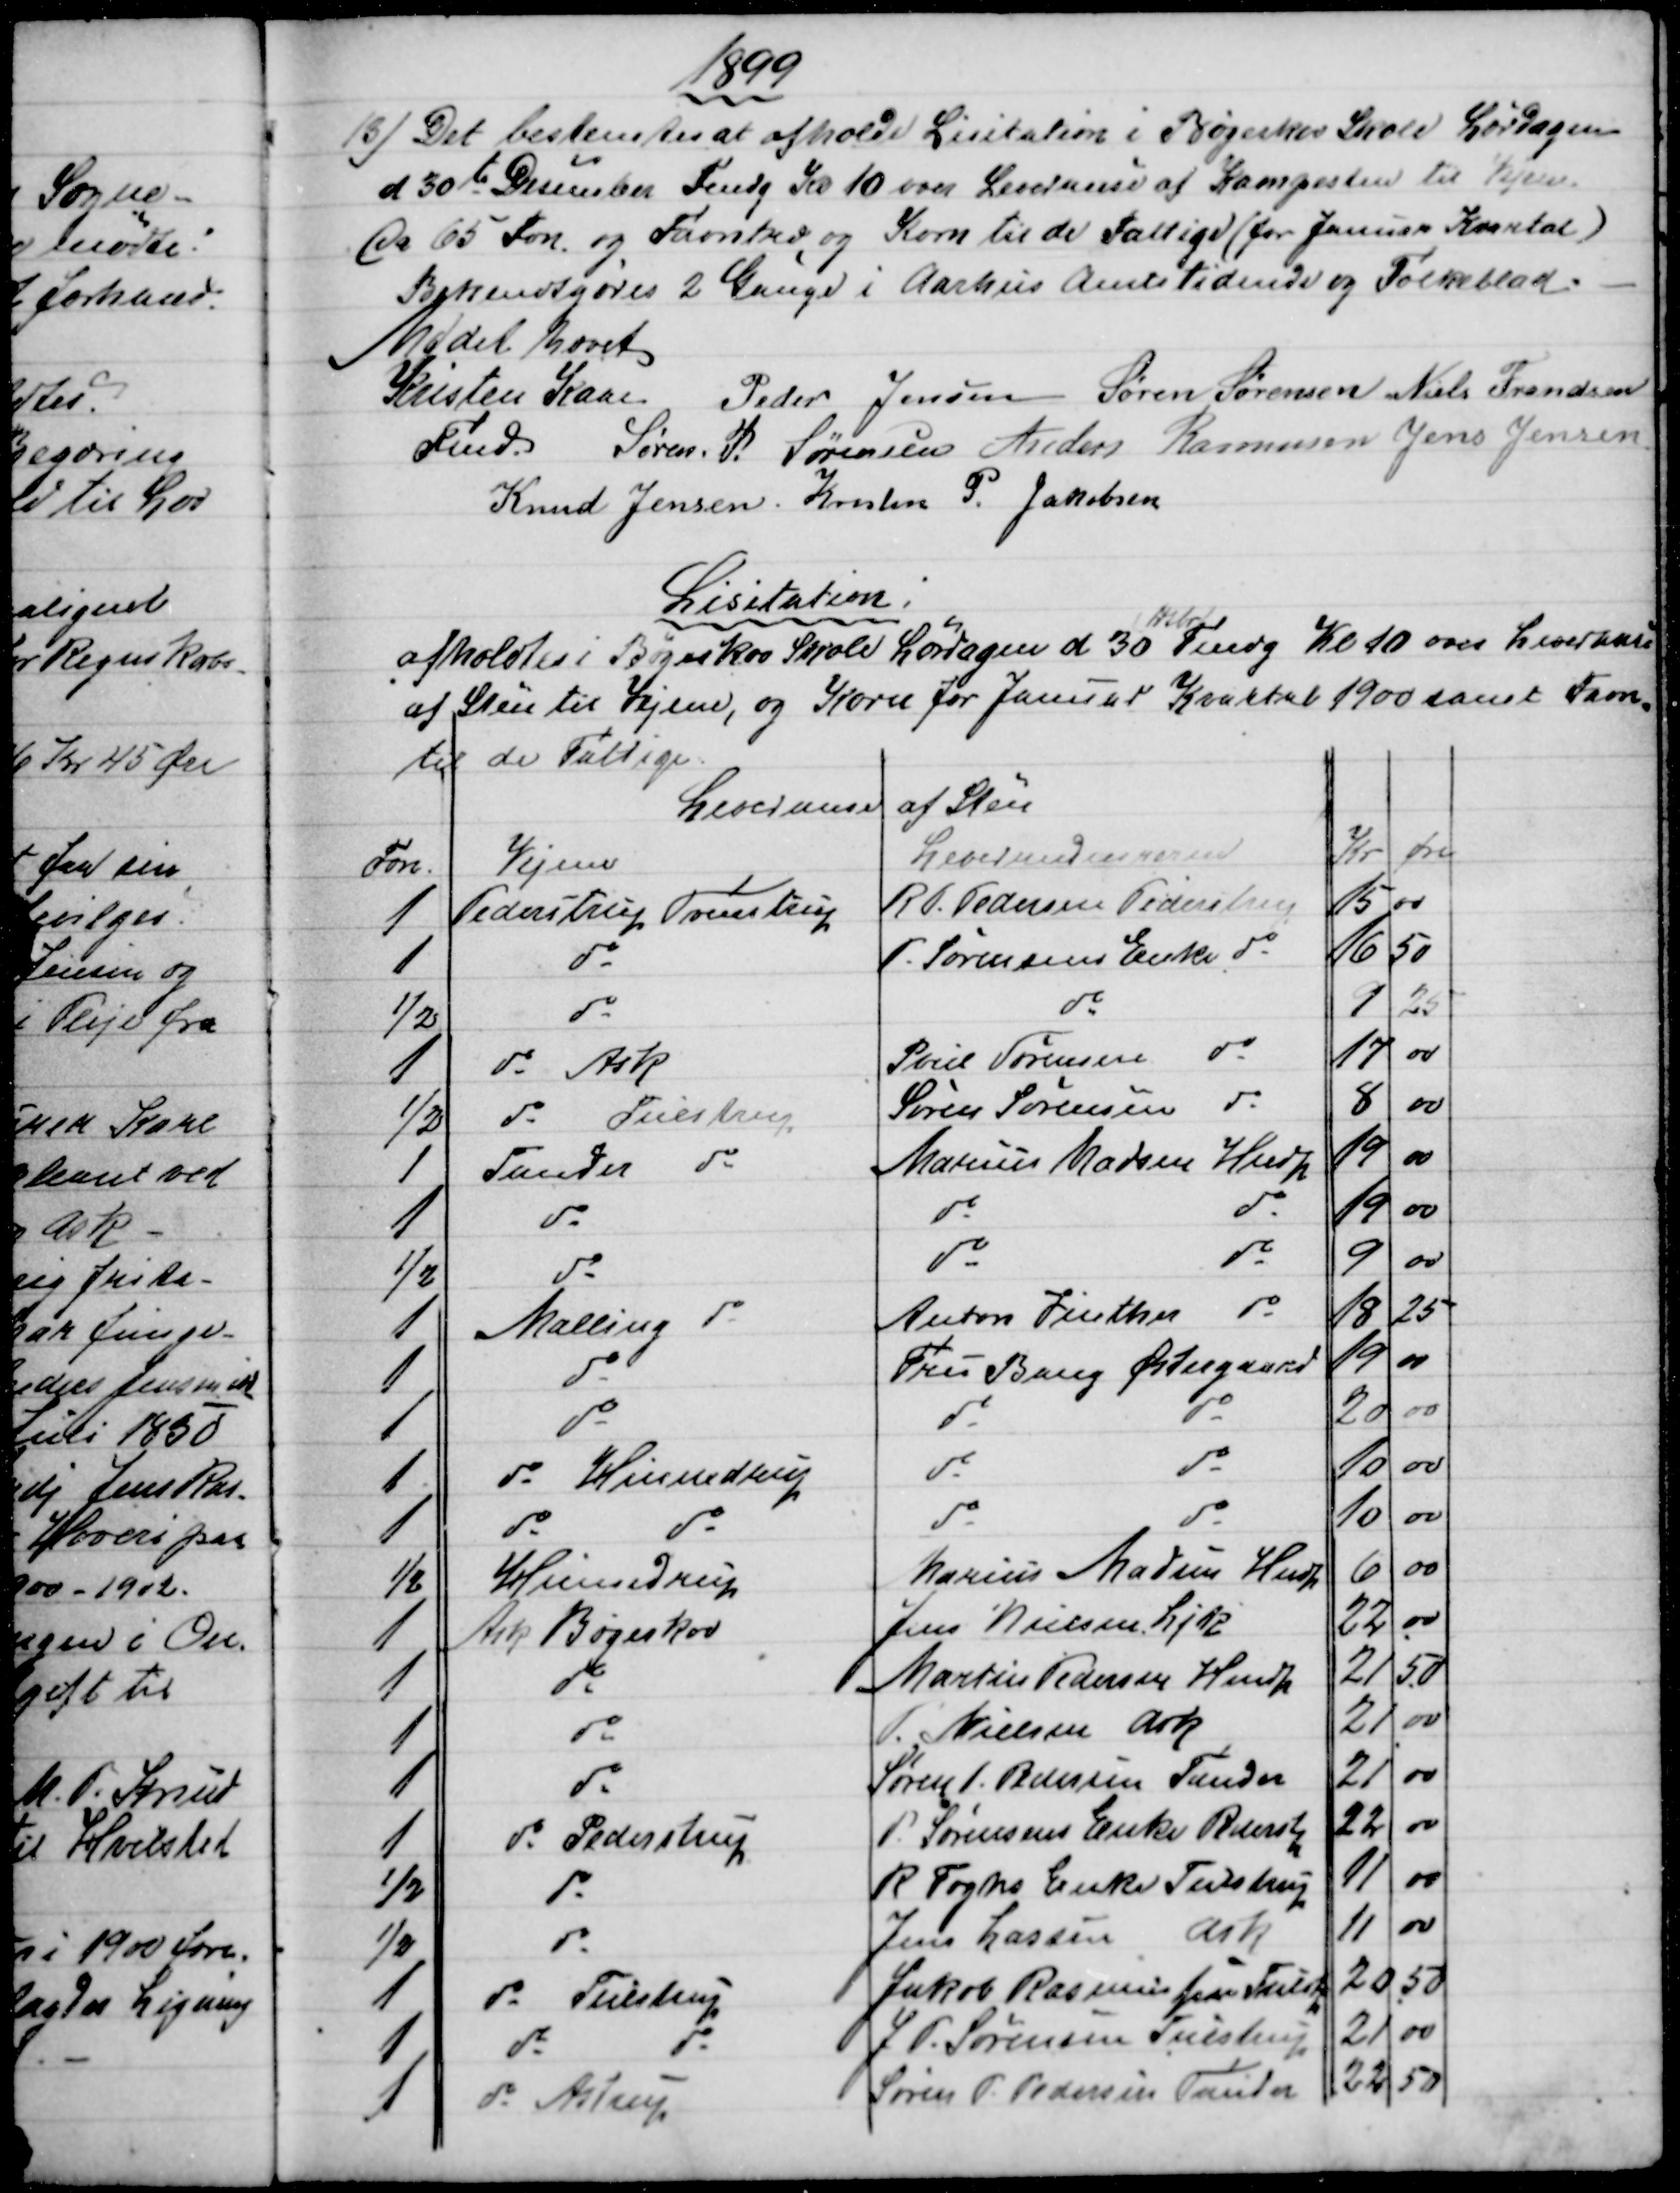
Transskription:
1899
13)
Det bestemtes at afholde Lisitation i Bøgeskov Skole Lørdagen
d 30te December Fmdg Kl 10 over Leverance af Kampesten til Vejene.
Ca 65 Fvn og Favntræ og Korn til de Fattige (for Januar Kvartal)
Bekendtgøres 2 Gange i Aarhus Amtstidende og Folkeblad.
Mødet hævet
Kristen Kaae
Fmd.
Peder Jensen  Søren Sørensen  Niels Frandsen
Søren. P. Sørensen  Anders Rasmussen  Jens Jensen
Knud Jensen, Kresten P. Jakobsen
Lisitation
afholdtes i Bøgeskov Skole Lørdagen d 30
Dsbr
Fmdg Kl 10 over Leverance
af Sten til Vejene, og Korn for Januar Kvartal 1900 samt Favn
-
til de fattige.
Leveranse af Sten
Fvn
Vejene
Leverandeurerne.
Kr
Øre
1
Pederstrup Tvenstrup
R. P. Pedersen Pederstrup
15
00
1
do
P. Sørensens Enke do
16
50
½
do
do
9
25
1
do Ask
Poul Sørensen
do
17
00
½
do Tulstrup
Søren Sørensen
do
8
00
1
Tander do
Marius Madsen Hndp
19
00
1
do
do
do
19 
00
½
do
do
do
9
00
1
Malling  do
Anton Vinther
do
18
25
1
do
Fru Bang Østergaard
19
00
1
do
do
do
20
00
1
do Hinnedrup
do
do
10
00
1
do
do
do
do
10
00
½
Hinnedrup
Marius Madsen Hndp
6
00
1
Ask Bøgeskov
Jens Nielsen, Ljk
22
00
1
do
Martin Pedersen Hndp
21
50
1
do
P. Nielsen Ask
21
00
1
do
Søren P. Pedersen Tander
21
00
1
do Pederstrup
P Sørensens Enke Pederstp
22
00
½
do
R. Foghs Enke Tulstrup
11
00
½
do
Jens Lassen
Ask
11
00
1
do Thulstrup
Jakob Rasmussen Tulstp
20
50
1
do
J P Sørensen Tulstrup
21
00
1
do  Astrup
Søren P. Pedersen Tander
22
50